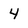
Character: 4